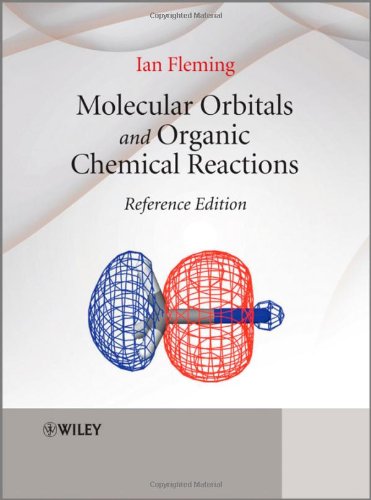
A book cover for Molecular Orbitals and Organic Chemical Reactions: Reference Edition; Ian Fleming; Science & Math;